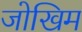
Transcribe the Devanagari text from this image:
जोखिम